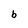
Character: b